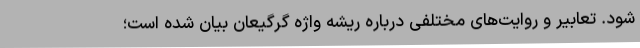
شود. تعابیر و روایت‌های مختلفی درباره ریشه واژه گرگیعان بیان شده است؛